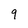
Character: 9